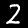
Label: 2